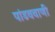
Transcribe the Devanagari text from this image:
पांडववाणी